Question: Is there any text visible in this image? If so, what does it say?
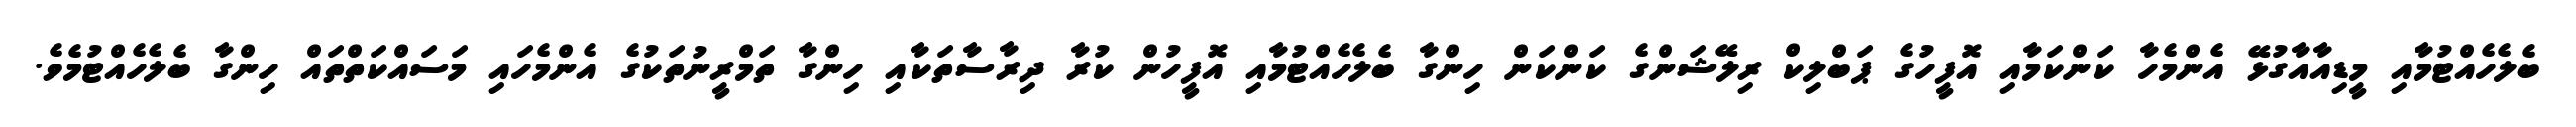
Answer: ބެލެހެއްޓުމާއި މީޑިއާއާގުޅޭ އެންމެހާ ކަންކަމާއި އޮފީހުގެ ޕަބްލިކް ރިލޭޝަންގެ ކަންކަން ހިންގާ ބެލެހެއްޓުމާއި އޮފީހުން ކުރާ ދިރާސާތަކާއި ހިންގާ ތަމްރީނުތަކުގެ އެންމެހައި މަސައްކަތްތައް ހިންގާ ބެލެހެއްޓުމެވެ.